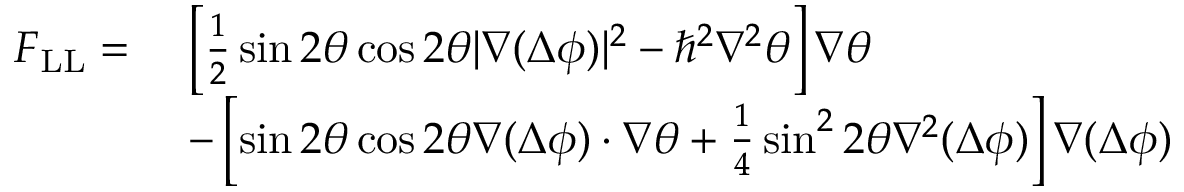
\begin{array} { r l } { \boldsymbol { F } _ { \mathrm { L L } } = \ } & { \left[ \frac { 1 } { 2 } \sin 2 \theta \cos 2 \theta | \boldsymbol { \nabla } ( \Delta \phi ) | ^ { 2 } - { \hbar } ^ { 2 } \nabla ^ { 2 } \theta \right] \boldsymbol { \nabla } \theta } \\ & { - \left[ \sin 2 \theta \cos 2 \theta \boldsymbol { \nabla } ( \Delta \phi ) \cdot \boldsymbol { \nabla } \theta + \frac 1 4 \sin ^ { 2 } 2 \theta \nabla ^ { 2 } ( \Delta \phi ) \right] \boldsymbol { \nabla } ( \Delta \phi ) } \end{array}